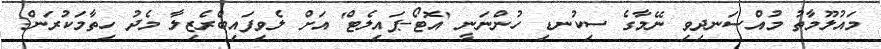
މައުލޫމާތު މުއްސަނދިވި ނޭމާގެ ސިކުނޑި ހުންނަނީ 'އޮޓޯ-ޕައިލެޓް' އަށް ލެވިފައިބްރެޒިލާ މެދު ހިތާމަކުރަން: